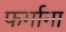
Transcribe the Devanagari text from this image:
फर्गाना